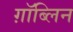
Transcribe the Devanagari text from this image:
ग़ॉब्लिन